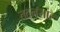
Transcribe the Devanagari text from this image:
तदनसार